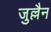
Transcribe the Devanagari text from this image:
जुल्लैन